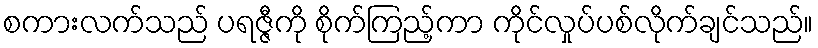
စကားလက်သည် ပရဇ္ဇီကို စိုက်ကြည့်ကာ ကိုင်လှုပ်ပစ်လိုက်ချင်သည်။